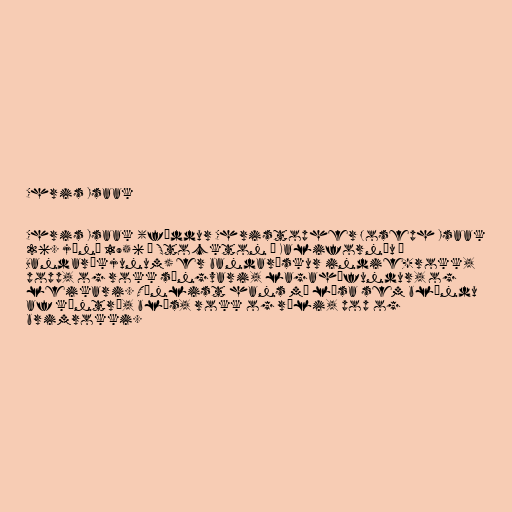
Chris Isaak

Chris Isaak (fæddur Christopher Joseph Isaak
26. júní 1956 í Stockton í Kaliforníu í
Bandaríkjunum) er bandarískur indie-rokk,
popp, og rokk söngvari, lagahöfundur, og
leikari. Tónlist hans má lýsa sem blöndu
af kántrí, blús, rokk og róli, pop og
brimrokki.